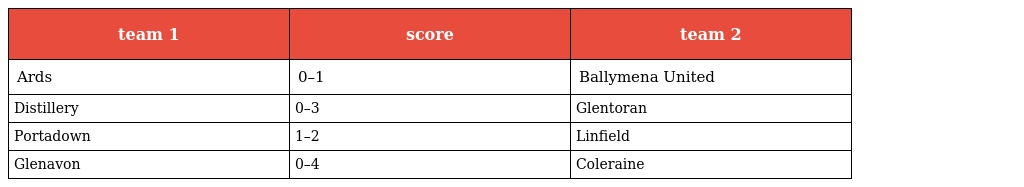
| team 1 | score | team 2 |
 | --- | --- | --- |
 | Ards | 0–1 | Ballymena United |
 | Distillery | 0–3 | Glentoran |
 | Portadown | 1–2 | Linfield |
 | Glenavon | 0–4 | Coleraine |